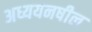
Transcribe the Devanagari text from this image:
अध्ययनषील